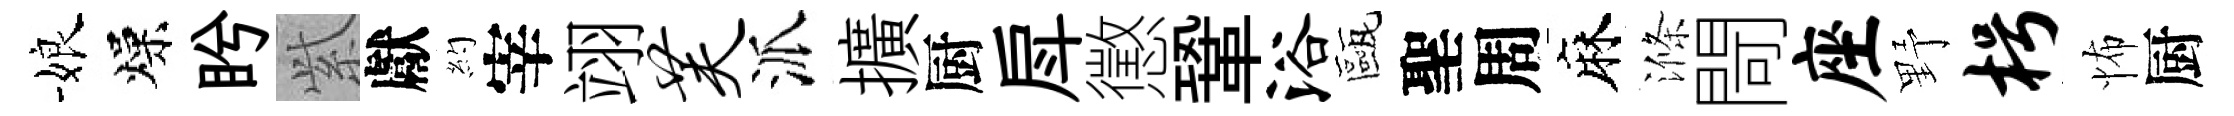
娘燥盻𬗋獻約宰翊芙派擴厨戽懲鞏浴甌聖周麻滌閜座野枵怖厨